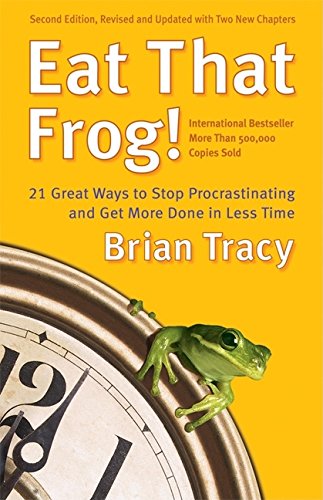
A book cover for Eat That Frog!: 21 Great Ways to Stop Procrastinating and Get More Done in Less Time; Brian Tracy; Self-Help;